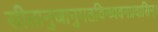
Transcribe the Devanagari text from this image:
सीतानुजानुगतविन्ध्यवनप्रवासिन्।